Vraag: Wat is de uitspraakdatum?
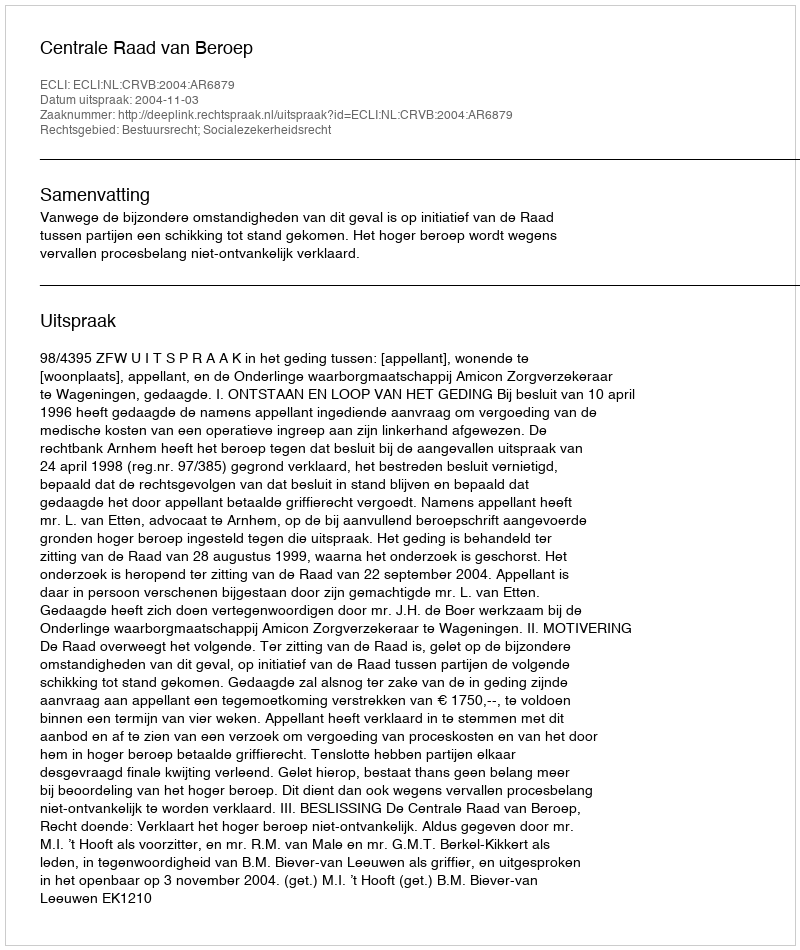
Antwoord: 2004-11-03